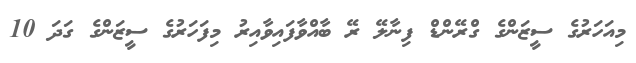
މިއަހަރުގެ ސީޒަންގެ ގްރޭންޑް ފިނާލޭ ރޭ ބާއްވާފައިވާއިރު މިފަހަރުގެ ސީޒަންގެ ގަދަ 10